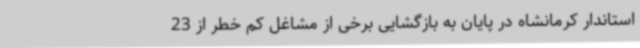
استاندار کرمانشاه در پایان به بازگشایی برخی از مشاغل کم خطر از 23